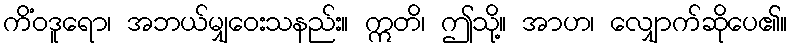
ကိံဝဒူရော၊ အဘယ်မျှဝေးသနည်း။ ဣတိ၊ ဤသို့။ အာဟ၊ လျှောက်ဆိုပေ၏။